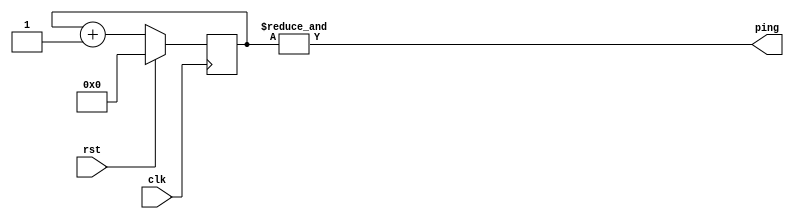

module counter1(clk, rst, ping);
	input clk, rst;
	output ping;
	reg [31:0] count;

	always @(posedge clk) begin
		if (rst)
			count <= 0;
		else
			count <= count + 1;
	end

	assign ping = &count;
endmodule

module counter2(clk, rst, ping);
	input clk, rst;
	output ping;
	reg [31:0] count;

	integer i;
	reg carry;

	always @(posedge clk) begin
		carry = 1;
		for (i = 0; i < 32; i = i+1) begin
			count[i] <= !rst & (count[i] ^ carry);
			carry = count[i] & carry;
		end
	end

	assign ping = &count;
endmodule